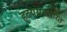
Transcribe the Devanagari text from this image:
हृदयरामचरित